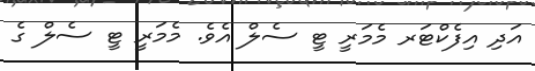
އަދި އިފެކްޓަރ މެމަރީ ޓީ ސެލް އެވެ. މެމަރީ ޓީ ސެލް ގެ